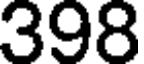
398